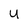
Character: U